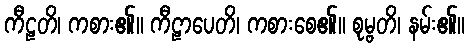
ကီဠတိ၊ ကစား၏။ ကီဠာပေတိ၊ ကစားစေ၏။ စုမ္ဗတိ၊ နမ်း၏။